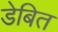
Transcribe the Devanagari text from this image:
डेबित